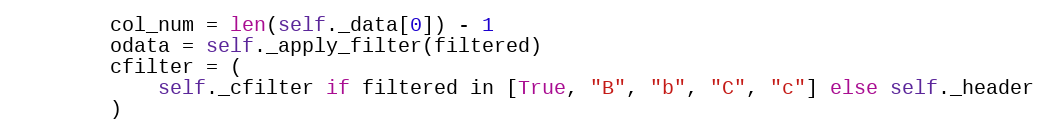
Language: Python
        col_num = len(self._data[0]) - 1
        odata = self._apply_filter(filtered)
        cfilter = (
            self._cfilter if filtered in [True, "B", "b", "C", "c"] else self._header
        )